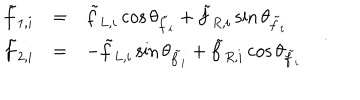
\begin{array} { r c l } { { \tilde { f } _ { 1 , i } } } & { { = } } & { { \tilde { f } _ { L , i } \cos \theta _ { \tilde { f } _ { i } } + \tilde { f } _ { R , i } \sin \theta _ { \tilde { f } _ { i } } } } \\ { { \tilde { f } _ { 2 , i } } } & { { = } } & { { - \tilde { f } _ { L , i } \sin \theta _ { \tilde { f } _ { i } } + \tilde { f } _ { R , i } \cos \theta _ { \tilde { f } _ { i } } } } \\ \end{array} \quad .